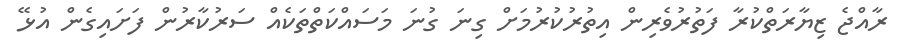
ރާއްޖެ ޒިޔާރަތްކުރާ ފަތުރުވެރިން އިތުރުކުރުމަށް ގިނަ ގުނަ މަސައްކަތްތަކެއް ސަރުކާރުން ފަށައިގެން އުޅޭ